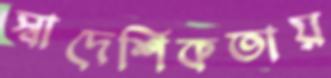
স্বাদেশিকতায়